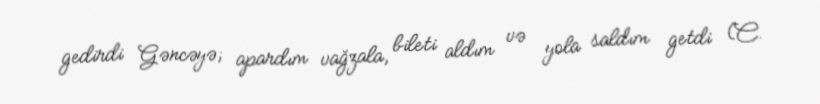
gedirdi Gəncəyə; apardım vağzala, bileti aldım və yola saldım getdi (C.